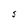
Character: S